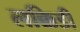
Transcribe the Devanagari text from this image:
लक्किडी